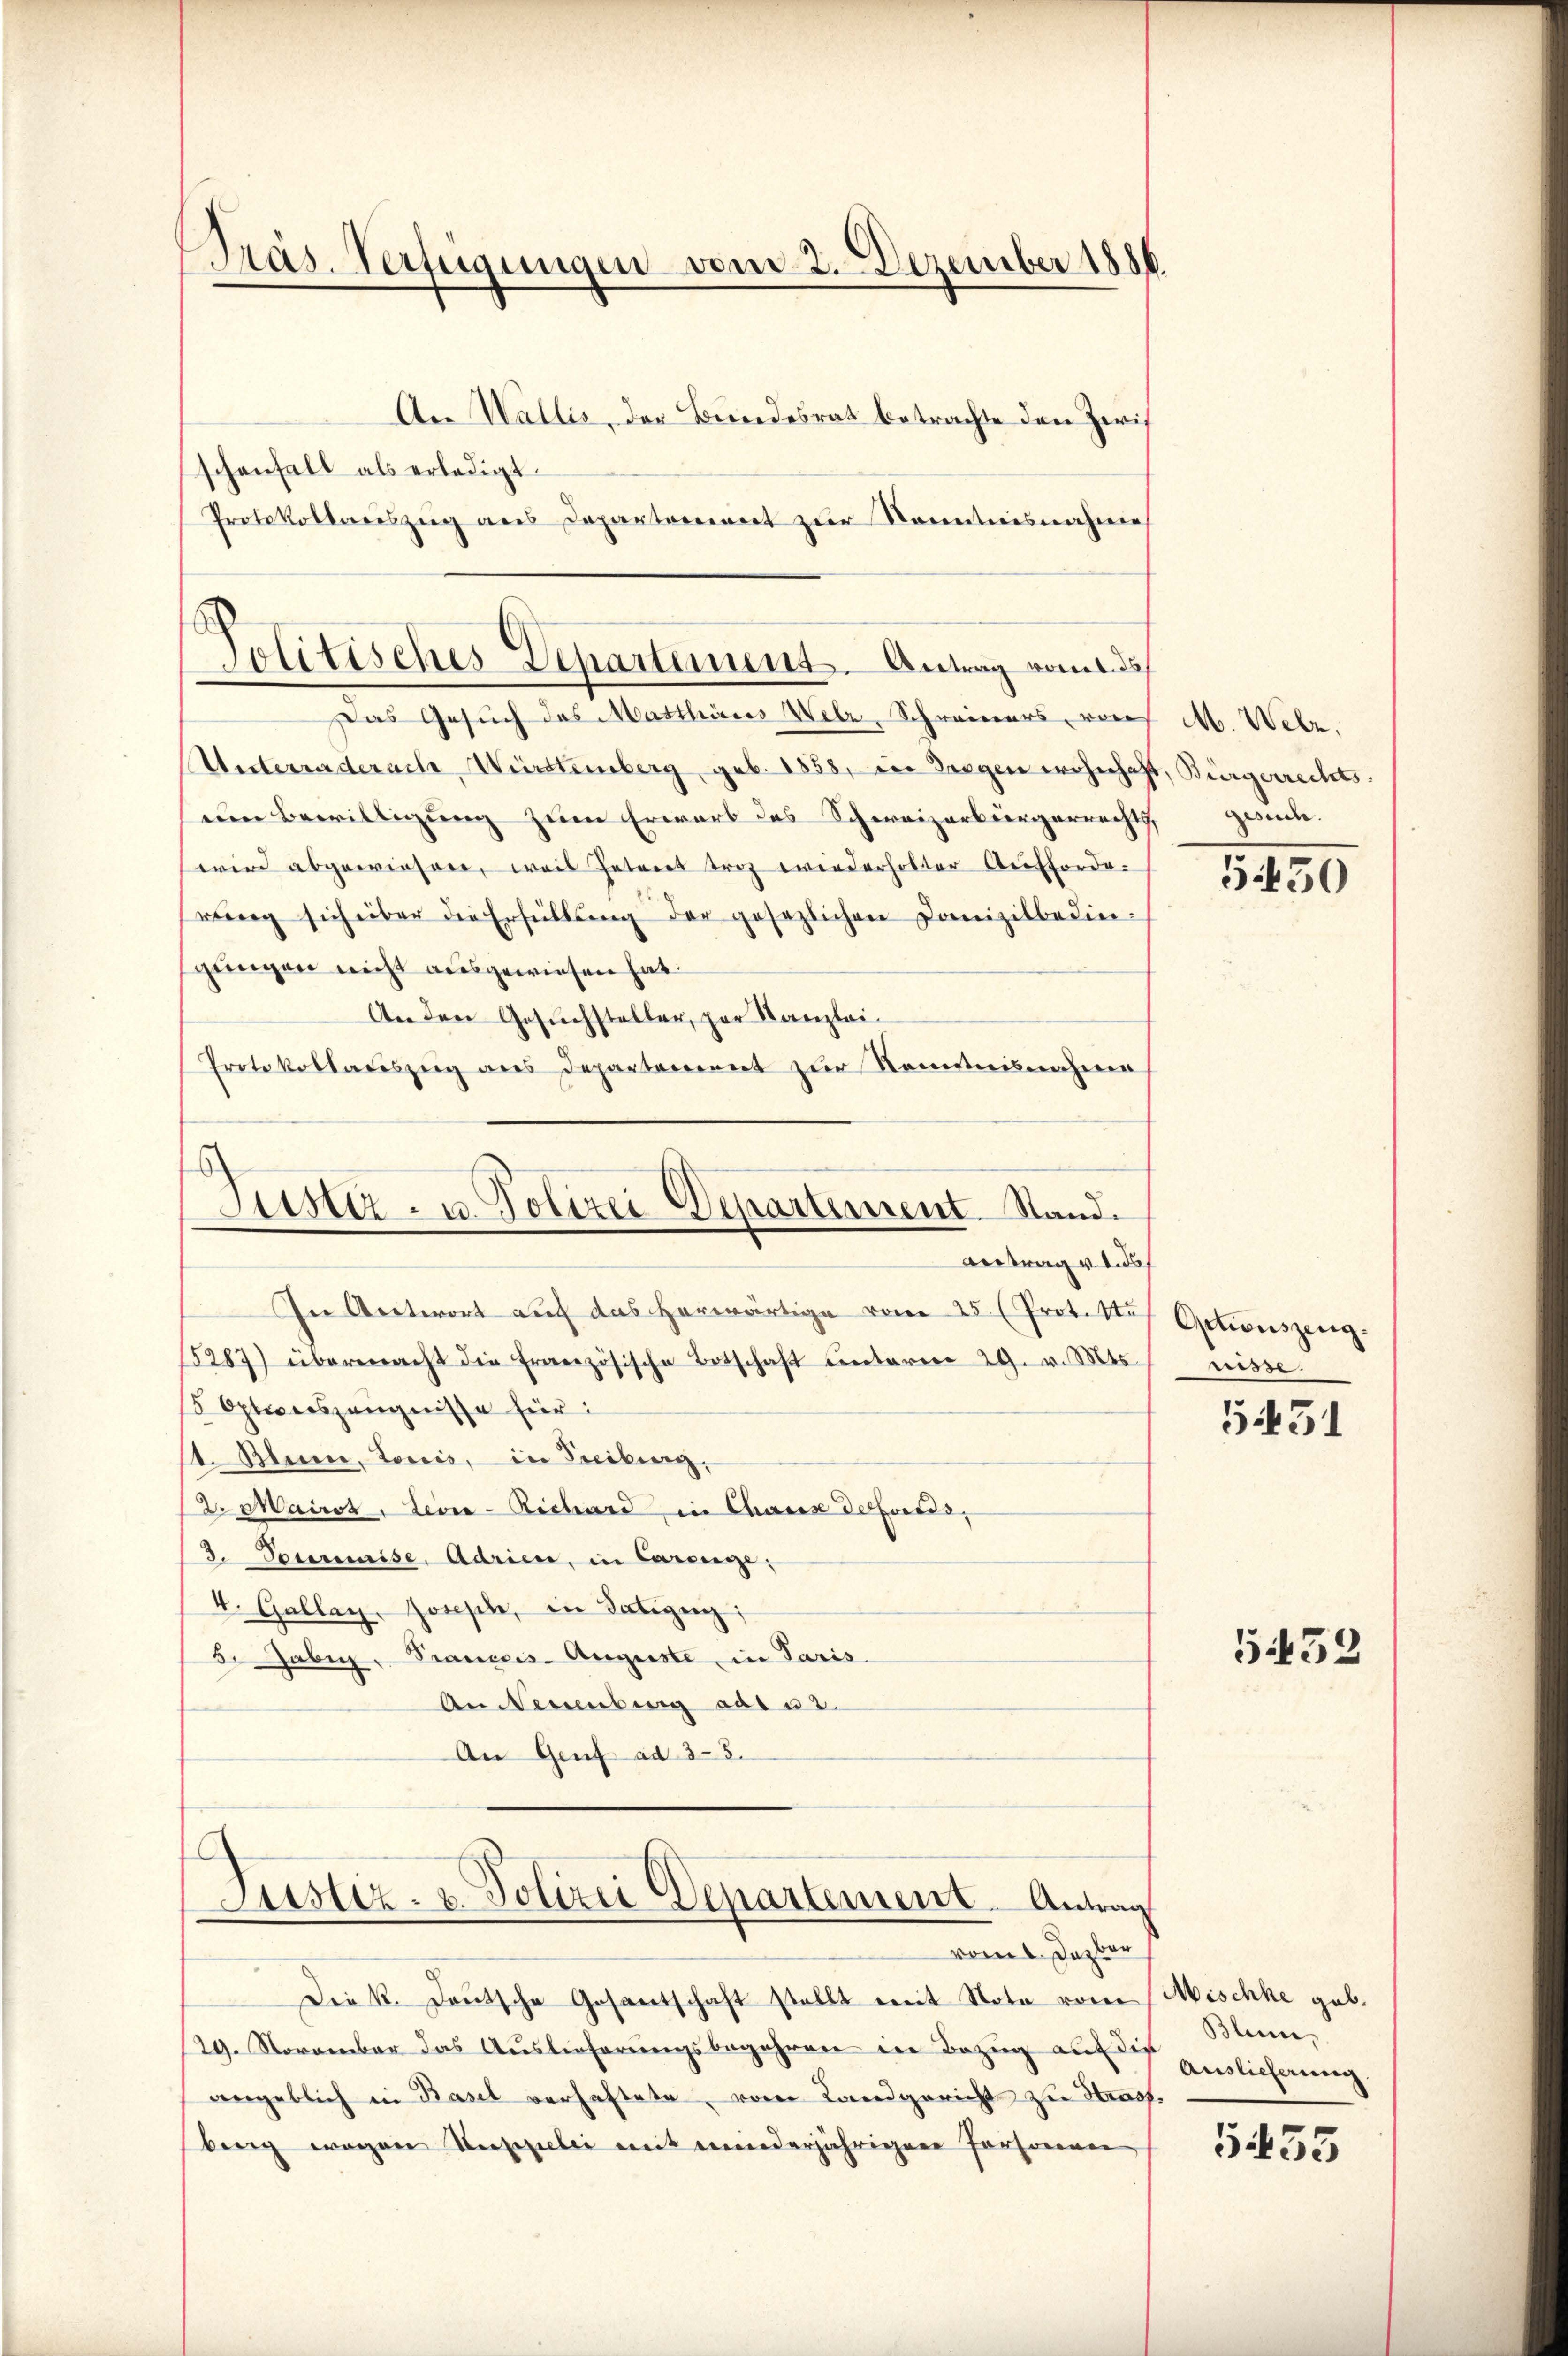
Präs. Verfügungen vom 2. Dezember 1886

An Wallis, der Bundesrat betrachte den Zwis
schenfall als erledigt.
Protokollauszug aus Departement zur Kenntnisnahme

Jolitisches Departement. Antrag nom ds

Justiz- u. Polizei Departement Stand.
Antrag verd

Das Gesuch des Matthares Welz, Schreiners, von
Unterraderache, Württemberg, geb. 1858, in Seegen wohnhaft, Bürgerrechtsnm Bewilligung zum Erwarb des Schweizerbürgerrechts gesuch.
wird abgewiesen, weis Intreet troz wiederholter Aufforde.
reng sich über die Erfüllŭng der gesezlichen Domizilbedin-
gungen nicht ausgewiesen hat.
An den Gesuchsteller, par Kanzlei-
Protokollauszeig ans Departement zŭr Kenntnisnahme

In Antwort auf das herwärtige vom 25 (Protokos Actionszeug¬
15287) übermacht die französische Botschaft unterm 29. v. Mts. wisse
5 Optionszeugnisse für:
1. Blume, Loris, in Freiburg.
Dr. Maires, Leone-Richard in Chaux defonds,
3. Permise, Adrien, in Careige,
4. Gallay. Horsche, in Tätigen:
5. Jabi, Franceis- Auguste in Paris.
An Neuenburg ad 2.
An Genf ad 35.
Justiz- u. Polizei Departement. Antrag
vom 1. Dazber
Die k. Deutsche Gesantschaft stellt mit Note vom Mischke geb.
29. November das Aŭslieferŭngsbegehren der Bezŭg aŭf Auslicherung
angeblich in Basel verhaftete, vom Landgericht zu Strafberg wegen Verspielei mit meinderjährigene Personen

M. Welz,

5450

5451

552

Blume,

5455